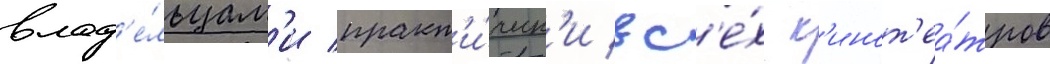
влад'е́льцам'и практ'и́ческ'и вс'е́х к'инот'еа́тров